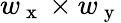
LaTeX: w_{\mathrm{~x~}}\times w_{\mathrm{~y~}}